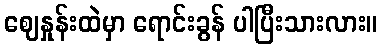
ဈေနှုန်းထဲမှာ ရောင်းခွန် ပါပြီးသားလား။